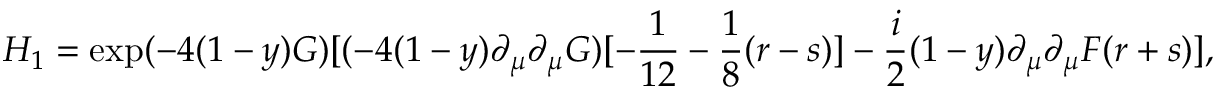
H _ { 1 } = \exp ( - 4 ( 1 - y ) G ) [ ( - 4 ( 1 - y ) \partial _ { \mu } \partial _ { \mu } G ) [ - \frac { 1 } { 1 2 } - \frac { 1 } { 8 } ( r - s ) ] - \frac { i } { 2 } ( 1 - y ) \partial _ { \mu } \partial _ { \mu } F ( r + s ) ] ,